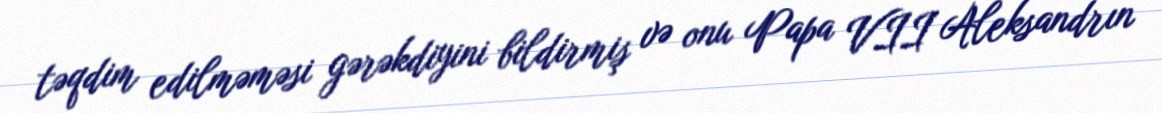
təqdim edilməməsi gərəkdiyini bildirmiş və onu Papa VII Aleksandrın